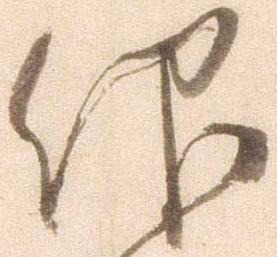
仰